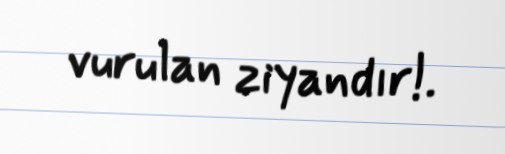
vurulan ziyandır!.